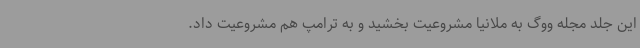
این جلد مجله ووگ به ملانیا مشروعیت بخشید و به ترامپ هم مشروعیت داد.